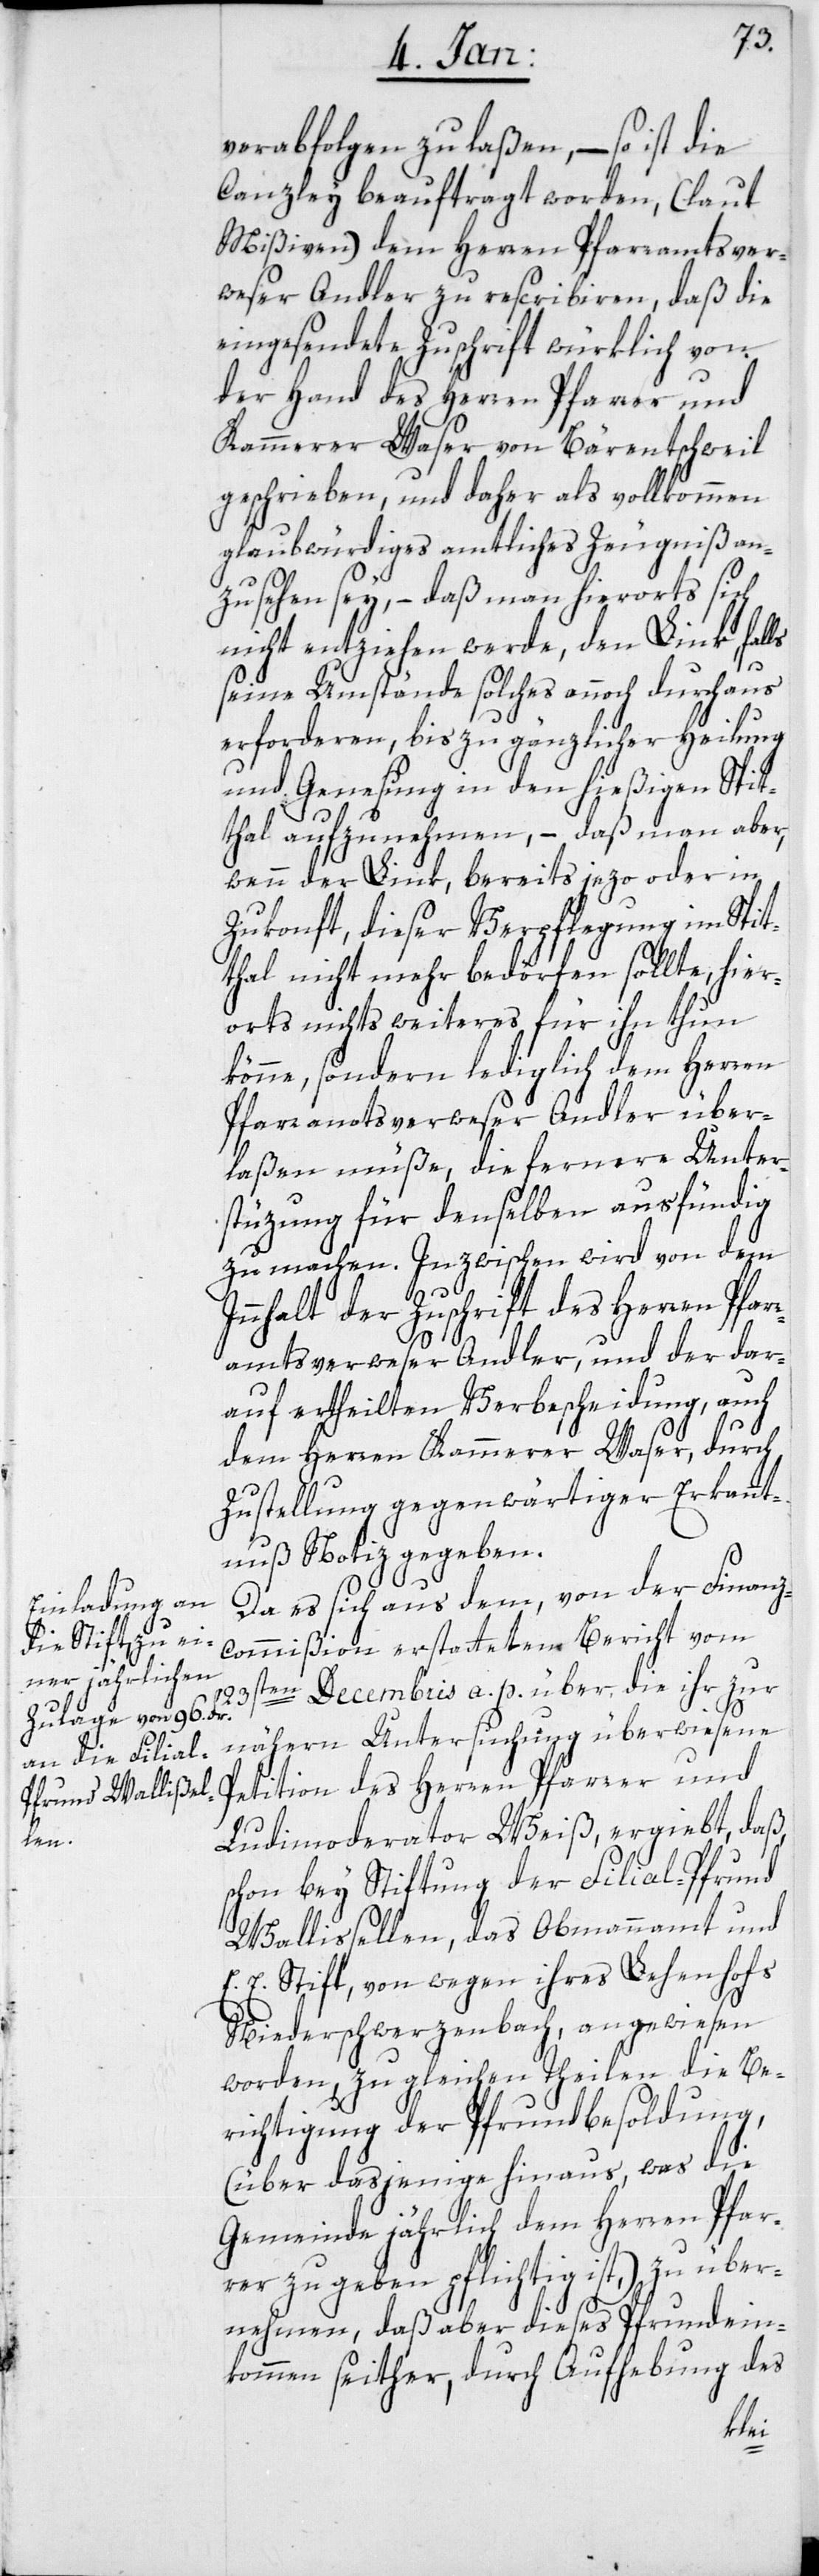
verabfolgen zu laßen, – so ist die
Canzlei beauftragt worden, (laut
Mißiven) dem Herren Pfarramtsver¬
weser Andler zu rescribieren, daß die
eingesendete Zuschrift würklich von
der Hand des Herren Pfarrer und
Kammerer Waser von Bärentschweil
geschrieben, und daher als vollkommen
glaubwürdiges amtliches Zeugniß an¬
zusehen sey, – daß man hierorts sich
nicht entziehen werde, den Link, falls
seine Umstände solches annoch durchaus
erforderen, bis zu gänzlicher Heilung
und Genesung in den hießigen Spit¬
thal aufzunehmen, – daß man aber,
wenn der Link, bereits jezo oder in
Zukonft, dieser Verpflegung im Spit¬
thal nicht mehr bedörfen sollte, hier¬
orts nichts weiteres für ihn thun
könne, sondern lediglich dem Herren
Pfarramtsverweser Andler über¬
laßen müße, die fernere Unter¬
stüzung für denselben ausfündig
zu machen. Inzwischen wird von dem
Innhalt der Zuschrift des Herren Pfar¬
ramtsverweser Andler, und der dar¬
auf ertheilten Verbescheidigung , auch
dem Herren Kammerer Waser, durch
Zustellung gegenwärtiger Erkannt¬
nuß Notiz gegeben.
Da es sich aus dem, von der Finanz¬
commißion erstatteten Bericht vom
23sten Decembris a. p. über die ihr zur
nähern Untersuchung überwiesene
Petition des Herren Pfarrer und
Ludimoderator Weiß, ergiebt, daß,
schon bey Stiftung der Filial-Pfrund
Wallisellen, das Obmannamt und
E. E. Stift, von wegen ihres Lehenhofs
Niederschwerzenbach, angewiesen
worden, zu gleichen Theilen die Be¬
richtigung der Pfrundbesoldung,
(über dasjenige hinaus, was die
Gemeinde jährlich dem Herren Pfar¬
rer zu geben pflichtig ist,) zu über¬
nehmen, daß aber dieses Pfrundein¬
kommen seither, durch Aufhebung des